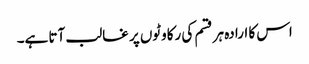
اس کا ارادہ ہر قسم کی رکاوٹوں پر غالب آتا ہے۔